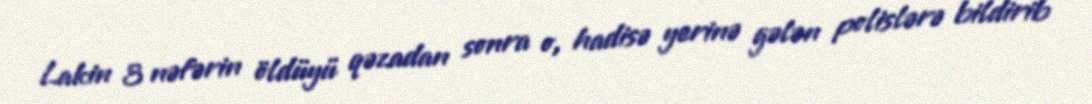
Lakin 3 nəfərin öldüyü qəzadan sonra o, hadisə yerinə gələn polislərə bildirib